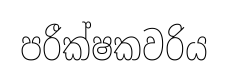
පරීක්ෂකවරිය